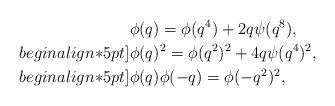
LaTeX: \begin{align*}&\phi(q)=\phi(q^4)+2q\psi(q^8),\\begin{align*}5pt]&\phi(q)^2=\phi(q^2)^2+4q\psi(q^4)^2,\\begin{align*}5pt]&\phi(q)\phi(-q)=\phi(-q^2)^2, \end{align*}